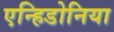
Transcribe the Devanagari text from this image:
एन्हिडोनिया